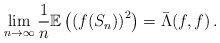
\begin{align*}\lim_{n \rightarrow \infty} \frac 1 n {\mathbb E}\left ( \left ( f(S_n) \right)^2 \right) = \bar \Lambda(f,f) \, .\end{align*}